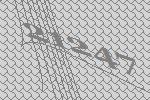
21247